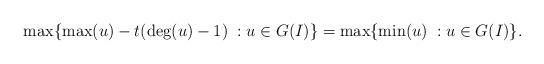
LaTeX: \begin{align*}\max \{ \max(u)-t(\deg(u)-1) \; : u \in G(I) \}=\max\{\min(u) \; : u \in G(I) \}.\end{align*}